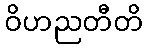
ဝိဟညတီတိ